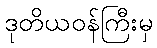
ဒုတိယဝန်ကြီးမှ